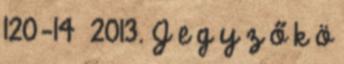
120-14 2013. J e g y z ő k ö